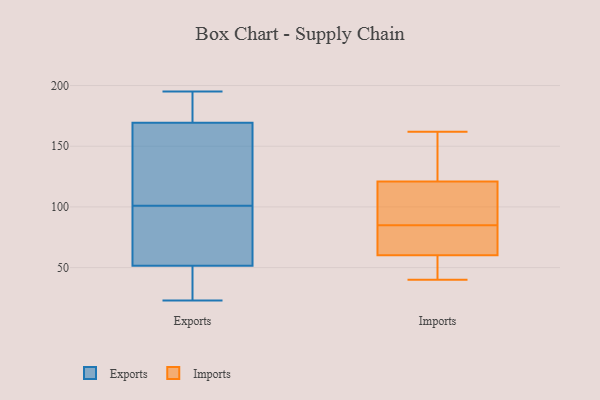
{"axis": {"x": "Waste Production (Tons)", "y": "Value"}, "legend": ["Exports", "Imports"], "data": [{"x": "", "y": 93, "type": "Exports"}, {"x": "", "y": 37, "type": "Exports"}, {"x": "", "y": 180, "type": "Exports"}, {"x": "", "y": 101, "type": "Exports"}, {"x": "", "y": 141, "type": "Exports"}, {"x": "", "y": 155, "type": "Exports"}, {"x": "", "y": 192, "type": "Exports"}, {"x": "", "y": 83, "type": "Exports"}, {"x": "", "y": 117, "type": "Exports"}, {"x": "", "y": 146, "type": "Exports"}, {"x": "", "y": 44, "type": "Exports"}, {"x": "", "y": 195, "type": "Exports"}, {"x": "", "y": 41, "type": "Exports"}, {"x": "", "y": 174, "type": "Exports"}, {"x": "", "y": 74, "type": "Exports"}, {"x": "", "y": 23, "type": "Exports"}, {"x": "", "y": 31, "type": "Exports"}, {"x": "", "y": 176, "type": "Exports"}, {"x": "", "y": 87, "type": "Exports"}, {"x": "", "y": 40, "type": "Imports"}, {"x": "", "y": 144, "type": "Imports"}, {"x": "", "y": 118, "type": "Imports"}, {"x": "", "y": 43, "type": "Imports"}, {"x": "", "y": 57, "type": "Imports"}, {"x": "", "y": 122, "type": "Imports"}, {"x": "", "y": 56, "type": "Imports"}, {"x": "", "y": 78, "type": "Imports"}, {"x": "", "y": 79, "type": "Imports"}, {"x": "", "y": 85, "type": "Imports"}, {"x": "", "y": 70, "type": "Imports"}, {"x": "", "y": 93, "type": "Imports"}, {"x": "", "y": 104, "type": "Imports"}, {"x": "", "y": 162, "type": "Imports"}, {"x": "", "y": 157, "type": "Imports"}, {"x": "", "y": 124, "type": "Imports"}, {"x": "", "y": 84, "type": "Imports"}, {"x": "", "y": 105, "type": "Imports"}, {"x": "", "y": 49, "type": "Imports"}]}